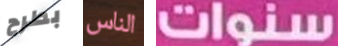
بطرح الناس سنوات